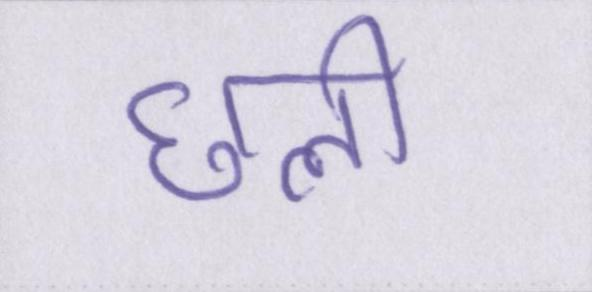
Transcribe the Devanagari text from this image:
छली